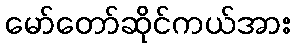
မော်တော်ဆိုင်ကယ်အား